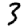
Digit: 3